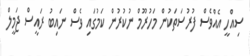
ސިއްހީ އެއްވެސް ފުރުސަތަކުން މަހުރޫމް ނުކުރުން ކަމުގައި ވެސް ނައިބު ރައީސް ޖަމީލް